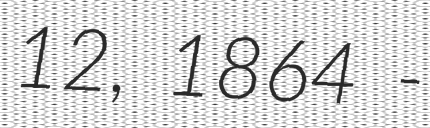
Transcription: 12, 1864 -